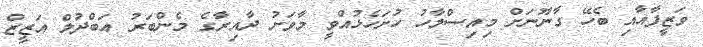
ވަޒީފާއާއި ބެހޭ ގާނޫނަށް މިއިސްލާހު ހުށަހެޅުއްވީ މާވަށު ދާއިރާގެ މެންބަރު އަބްދުލް އަޒީޒް